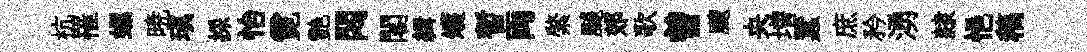
杭罹螺暁瑱採怡霓艷悶閣緝矱暫両綮飇郊歌曽颼央増蠶庶矜湧隸悒稿